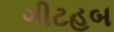
ગીટહબ